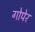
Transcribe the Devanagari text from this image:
गोपेर